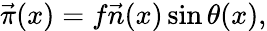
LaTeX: {\vec{\pi}}(x)=f\vec{n}(x)\sin\theta(x),